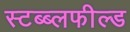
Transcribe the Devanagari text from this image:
स्टब्ब्लफील्ड